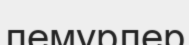
лемурлер